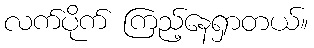
လက်ပိုက် ကြည့်နေရှာတယ်။